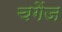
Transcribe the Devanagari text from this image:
चगेंज